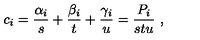
c _ { i } = \frac { \alpha _ { i } } { s } + \frac { \beta _ { i } } { t } + \frac { \gamma _ { i } } { u } = \frac { P _ { i } } { s t u } \ ,